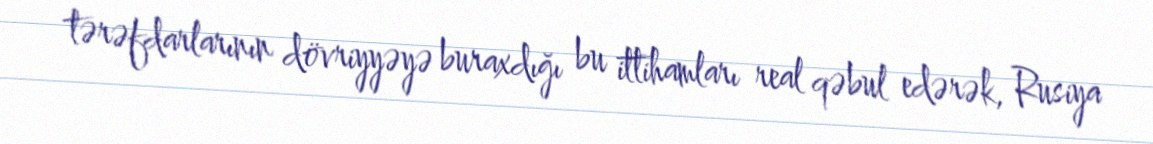
tərəfdarlarının dövriyyəyə buraxdığı bu ittihamları real qəbul edərək, Rusiya